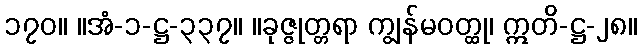
၁၇၀။ ။အံ-၁-ဋ္ဌ-၃၃၇။ ။ခုဇ္ဇုတ္တရာ ကျွန်မဝတ္ထု၊ ဣတိ-ဋ္ဌ-၂၈။